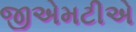
જીએમટીએ